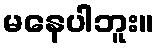
မနေပါဘူး။